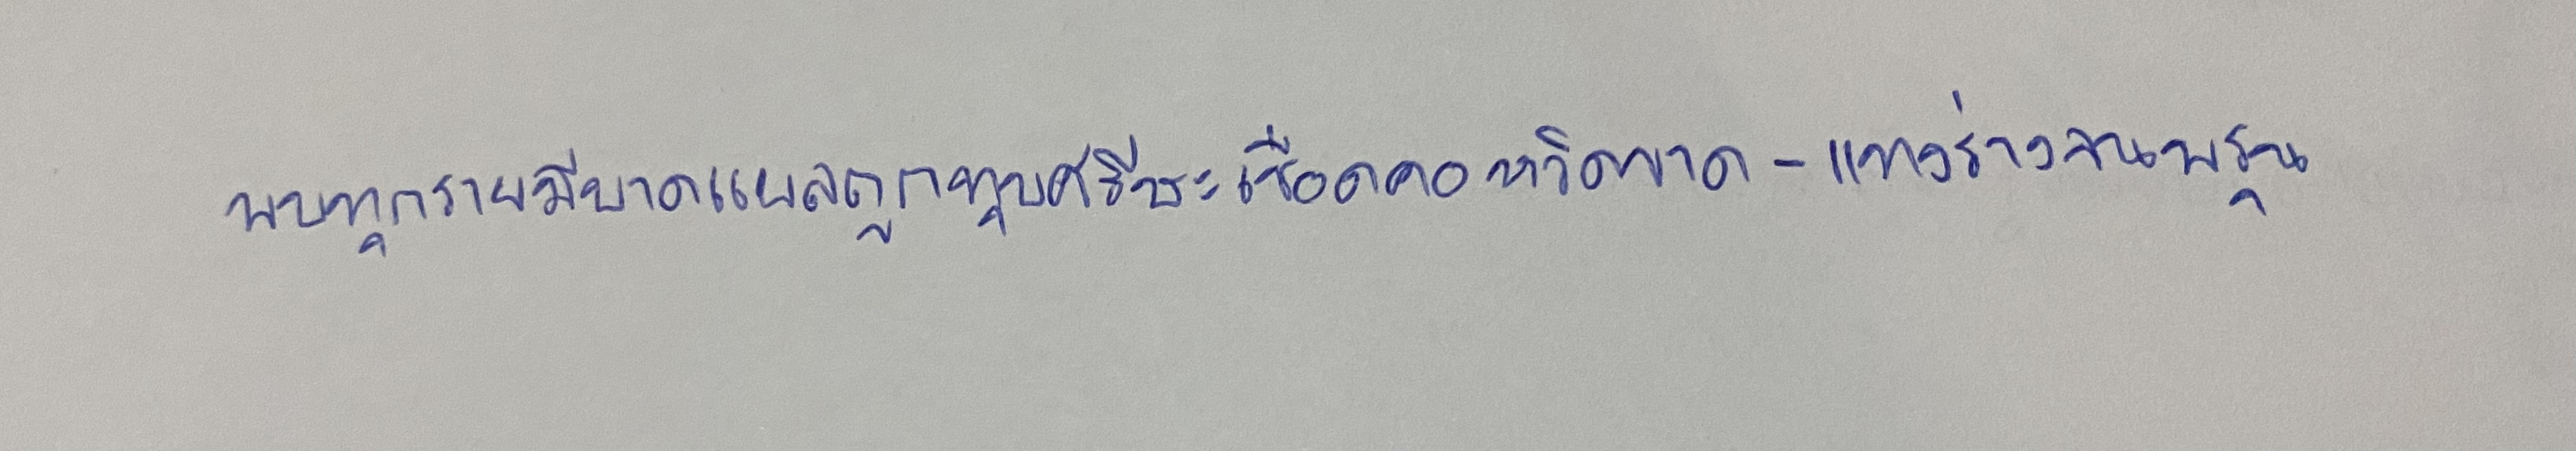
พบทุกรายมีบาดแผลถูกทุบศรีษะเชือดคอหวิดขาด-แทงร่างจนพรุน